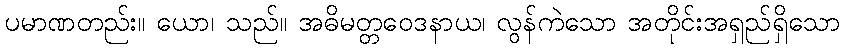
ပမာဏတည်း။ ယော၊ သည်။ အဓိမတ္တဝေဒနာယ၊ လွန်ကဲသော အတိုင်းအရှည်ရှိသော